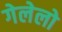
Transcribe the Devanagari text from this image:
गेलेलो